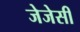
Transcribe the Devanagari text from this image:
जेजेसी